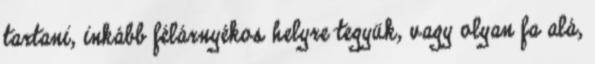
tartani, inkább félárnyékos helyre tegyük, vagy olyan fa alá,